画像に写った文字を読んでください
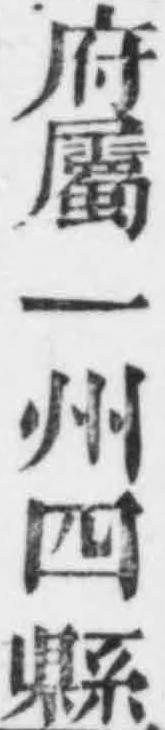
「府屬一州四縣」と書いてあります